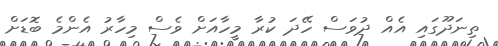
ތިނަދޫގައި އެއް ދުވަސް ހޭދަ ކުރާ މީހާއަށް ވެސް މިހާރު އެންމެ ބޮޑަށް